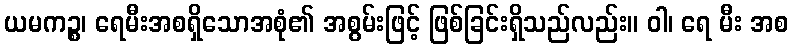
ယမကဉ္စ၊ ရေမီးအစရှိသောအစုံ၏ အစွမ်းဖြင့် ဖြစ်ခြင်းရှိသည်လည်း။ ဝါ၊ ရေ မီး အစ